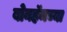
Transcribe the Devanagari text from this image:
बोनहॅमच्या